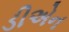
ડીએન